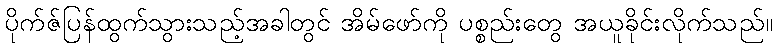
ပိုက်ဇ်ပြန်ထွက်သွားသည့်အခါတွင် အိမ်ဖော်ကို ပစ္စည်းတွေ အယူခိုင်းလိုက်သည်။